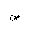
Letter: _sad